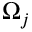
\Omega _ { j }